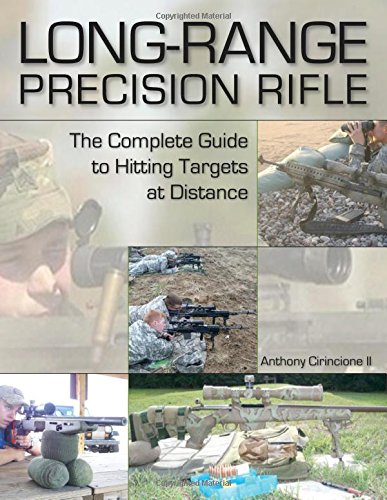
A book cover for Long-Range Precision Rifle; Anthony Cirincione II; History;